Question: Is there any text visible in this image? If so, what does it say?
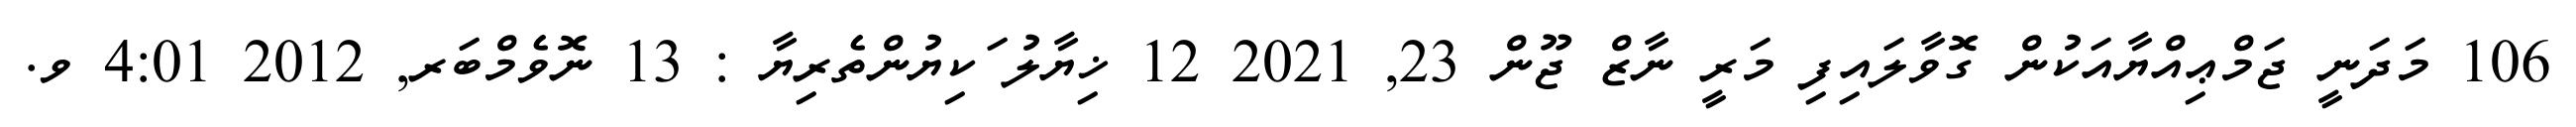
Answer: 106 މަދަނީ ޖަމްޢިއްޔާއަކުން ގޮވާލައިފި މަރީ ނާޒް ޖޫން 23, 2021 12 ޚިޔާލު ަކިޔުންތެރިޔާ : 13 ނޮވެމްބަރ, 2012 4:01 ވ.